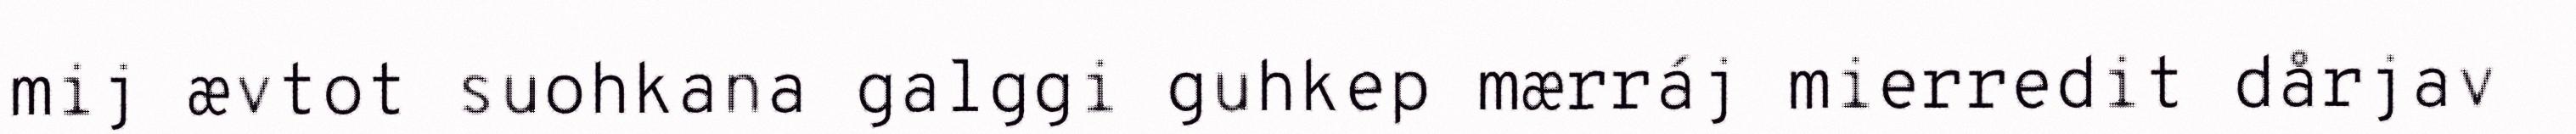
mij ævtot suohkana galggi guhkep mærráj mierredit dårjav